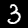
Label: 3